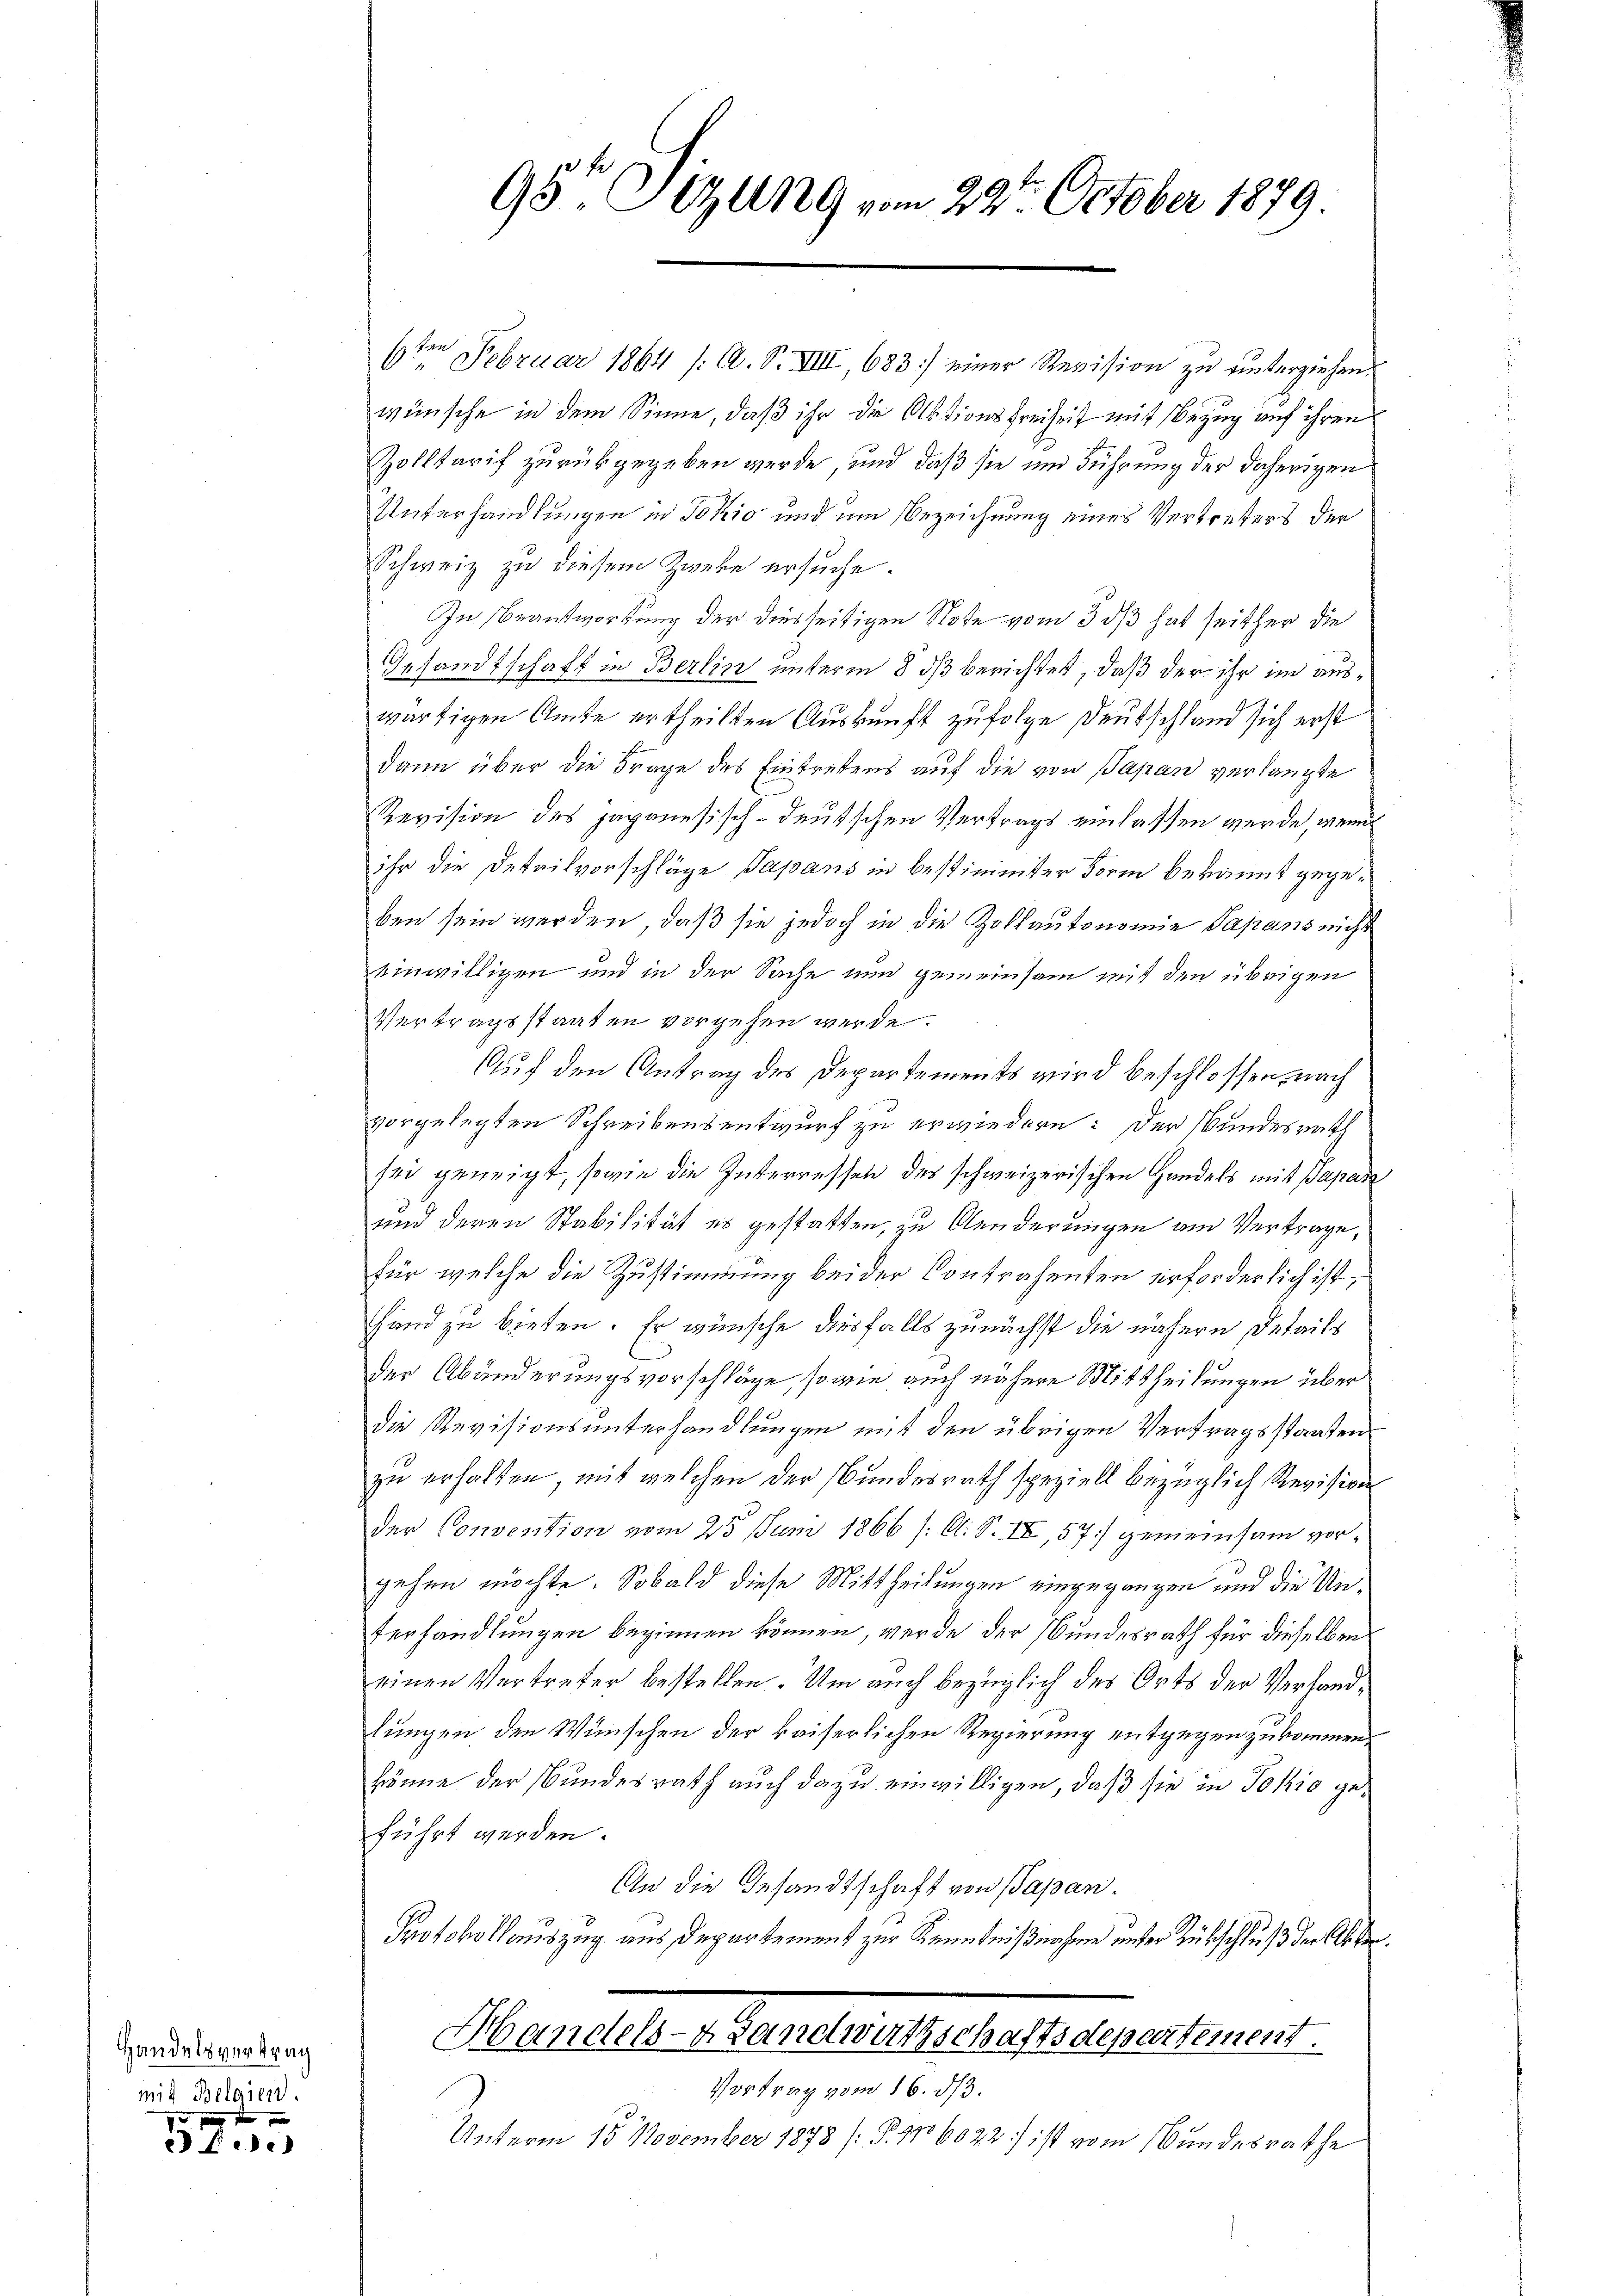
Handelsvertrag
mit Belgien.

f
x
fede

6te͇n Februar 1864 /: A. S. VIII, 683] einer Revision zu unterziehen.
wünsche in dem Sinne, daß ihr die Aktionsfreiheit mit Bezug auf ihren
Zolltarif zurückgegeben werde, und daß sie und Führung der daherigen
Unterhandlungen in Jokić und um Bezeichnung eines Vertreters der
Schweiz zu diesem Zweke ersuche.
In Beantwortung der diesseitigen Note vom 3. ds hat seither die
Gesandtschaft in Berlin unterm 8. ds berichtet, daß der ihr im auswärtigen Amte ertheilten Auskunft zufolge Deutschland sich erst
dann über die Frage des Eintretens auf die von Papan verlangte
Revision des japanesisch-deutschen Vertrags einlassen werde, wenn
ihr die Detailvorschläge Papans in bestimmter Form bekannt gegeben sein werden, daß sie jedoch in die Zollautonomie Papans nicht
einwilligen und in der Sache nun gemeinsam mit den übrigen
Vertragsstaaten vorgehen werde.
Auf den Antrag des Departements wird beschlossen, nach
vorgelegten Schreibensentwurf zu erwiedern: Der Bundesrath
sei geneigt, sowie die Interressen des schweizerischen Handels mit Papan
und deren Stabilität es gestatten, zu Aenderungen am Vertrage,
für welche die Zustimmung beider Contrahenten erforderlich ist,
Hand zu bieten. Er wünsche diesfalls zunächst die nähern Details
der Abänderungsvorschläge, sowie auch nähere Mittheilungen über
die Revisionsunterhandlungen mit den übrigen Vertragsstaaten
zu erhalten, mit welchen der Bundesrath speziell bezüglich Revision
der Convention vom 25 Juni 1866 /: A. S. II, 57] gemeinsam vorgehen möchte. Sobald diese Mittheilungen eingegangen und die Unterhandlungen beginnen können, werde der Bundesrath für dieselben
einen Vertreter bestellen. Um auch bezüglich des Orts der Verhandlungen den Wünschen der kaiserlichen Regierung entgegen zukommen.
könne der Bundesrath auch dazu einwilligen, daß sie in Jokić geführt werden.
An die Gesandtschaft von Papan.
Protokollauszug aus Departement zur Kenntnißnahme unter Rückschluß der Akten.
Handels- Landwirtschaftsdepertement.
Vortrag vom 16. ds.
Unterm 15. November 1873 (§. 116022; ist vom Bundesrathe

95te Sitzung vom 23ten October 1879